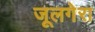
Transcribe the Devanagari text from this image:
जूलगेरा